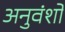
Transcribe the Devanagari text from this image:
अनुवंशों